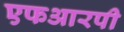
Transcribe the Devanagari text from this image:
एफआरपी